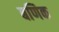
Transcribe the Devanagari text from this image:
बणिक